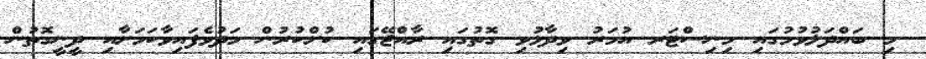
މި ބައްދަލުވުމުގައި މިނިސްޓަރ އުމަރު ވިދާޅުވި ގޮތުގައި ރާއްޖޭގައި ކުށްކުރުން މަދުވެފައިވާކަމަށާއި ދީނީގޮތުން